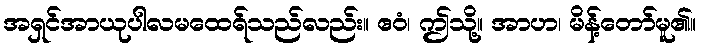
အရှင်အာယုပါလမထေရ်သည်လည်း။ ဧဝံ၊ ဤသို့။ အာဟ၊ မိန့်တော်မူ၏။